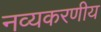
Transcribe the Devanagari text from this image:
नव्यकरणीय